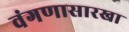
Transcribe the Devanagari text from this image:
वंगणासारखा